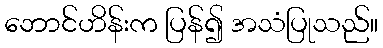
ဘောင်ဟိန်းက ပြန်၍ အသံပြုသည်။